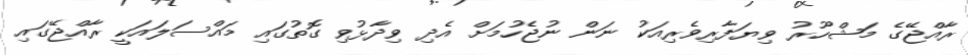
ރާއްޖޭގެ މަޝްހޫރު ވިޔަފާރިވެރިއަކު ނަން ނުޖެހުމަށް އެދި ވިދާޅުވި ގޮތުގައި މައްސަލައަކީ ރާއްޖޭގައި